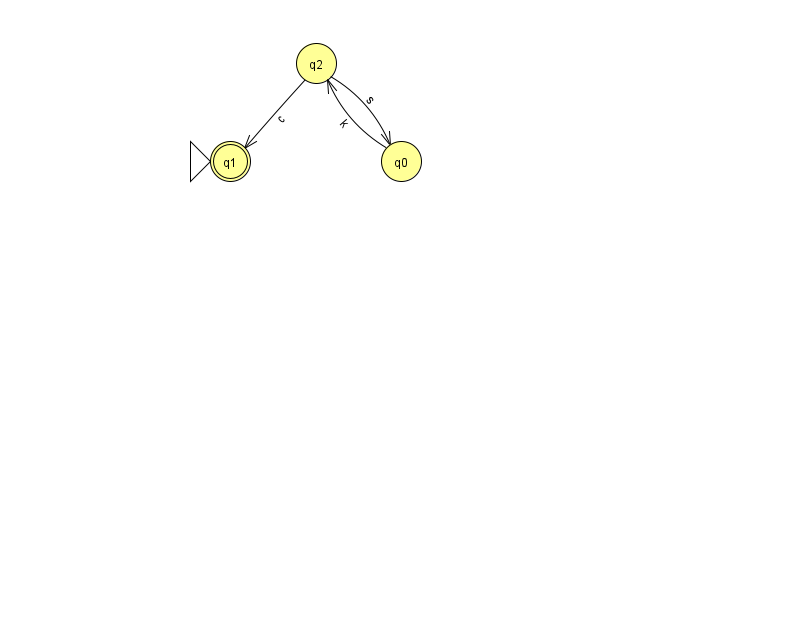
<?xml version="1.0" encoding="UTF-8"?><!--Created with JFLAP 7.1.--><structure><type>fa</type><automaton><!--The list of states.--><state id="0" name="q0"><x>401.0</x><y>148.0</y></state><state id="1" name="q1"><x>230.0</x><y>148.0</y><initial/><final/></state><state id="2" name="q2"><x>316.0</x><y>50.0</y></state><!--The list of transitions.--><transition><from>0</from><to>2</to><read>k</read></transition><transition><from>2</from><to>1</to><read>c</read></transition><transition><from>2</from><to>0</to><read>s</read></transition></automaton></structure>